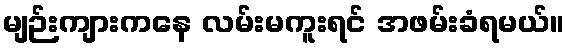
မျဉ်းကျားကနေ လမ်းမကူးရင် အဖမ်းခံရမယ်။